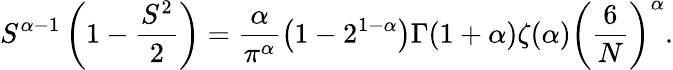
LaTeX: S^{\alpha-1}\left(1-\frac{S^{2}}{2}\right)=\frac{\alpha}{\pi^{\alpha}}\left(1-2^{1-\alpha}\right)\Gamma(1+\alpha)\zeta(\alpha)\left(\frac{6}{N}\right)^{\alpha}.